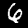
Label: 6